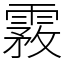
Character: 霚